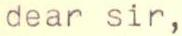
dear sir,